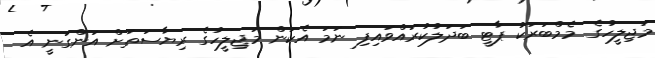
މަޖިލީހުގެ މެމްބަރަކު ޕާޓީ ބަދަލުކުރައްވައިފި ނަމަ އެކަން މަޖިލީހުގެ ރިޔާސަތަށް އަންގަނީ އެ